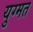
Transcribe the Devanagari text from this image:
युग्मत